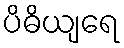
ပိဓိယျရေ